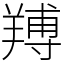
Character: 䍸